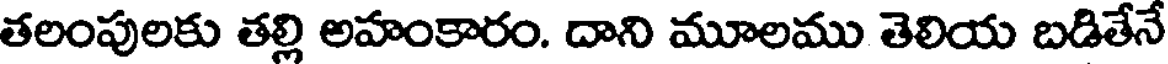
తలంపులకు తల్లి అహంకారం. దాని మూలము తెలియ బడితేనే